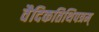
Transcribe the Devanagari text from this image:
वैदिकतिथिपत्रम्